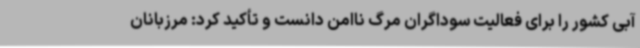
آبی کشور را برای فعالیت سوداگران مرگ ناامن دانست و تأکید کرد: مرزبانان